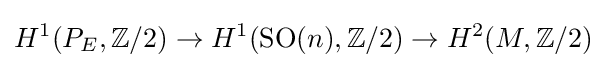
H^{1}(P_{E},\mathbb {Z} /2)\to H^{1}(\operatorname {SO} (n),\mathbb {Z} /2)\to H^{2}(M,\mathbb {Z} /2)